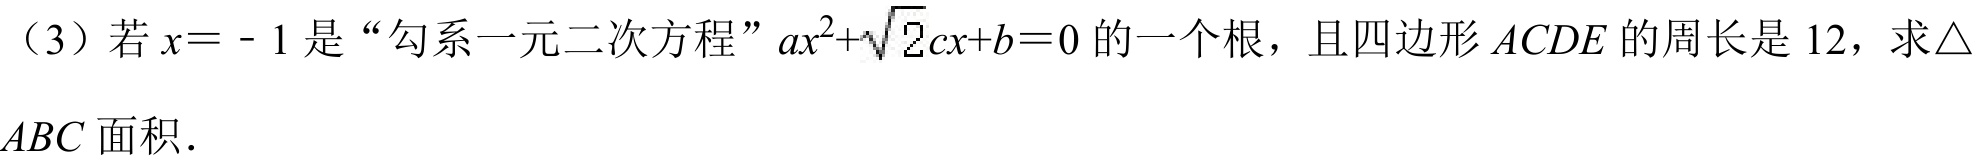
（3）若 \(x = - 1\) 是“勾系一元二次方程”\(ax^{2}+\sqrt{2}cx + b = 0\) 的一个根，且四边形 \(ACDE\) 的周长是 \(12\)，求\(\triangle
ABC\) 面积．